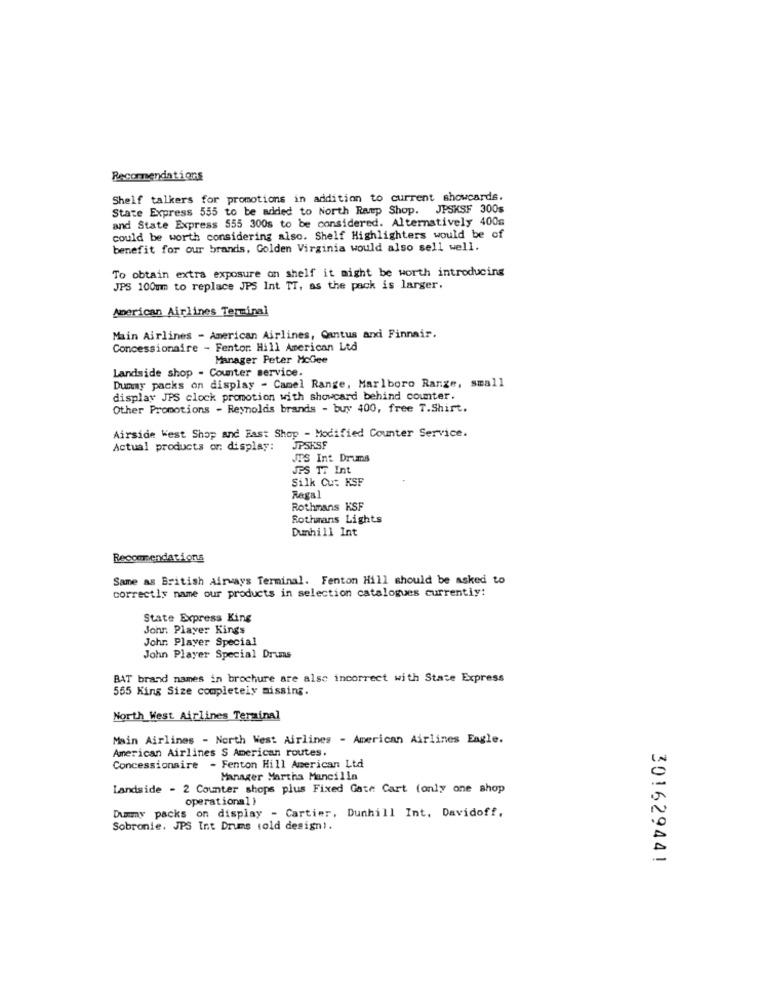
Recommendations
Shelf talkers for promotions in addition to current showcards.
State Express 555 to be added to North Ramp Shop. JPSKSF 300s
and State Express 555 300s to be considered. Alternatively 400s
could be worth considering also. Shelf Highlighters would be of
benefit for our brands, Golden Virginia would also sell well.
To obtain extra exposure on shelf it might be worth introducing
JPS 100mm to replace JPS Int TT, as the pack is larger.
American Airlines Terminal
Main Airlines - American Airlines, Cantus and Finnair.
Concessionaire - Fentor. Hill American Ltd
Manager Peter McGee
Landside shop - Counter service.
Dummy packs on display - Camel Range, Marlboro Range, small
display JPS clock promotion with showcard behind counter.
Other Promotions - Reynolds brands - buy 400, free T.Shirt.
Airside West Shop and Fast Shop - Modified Counter Service.
Actual products or: display:
JPSKSF
JI'S Int Drums
JPS TE Int
Silk Cut KSF
Regal
Rothmans KSF
Rothmans Lights
Dunhill Int
Recommendations
Same as British Airways Terminal. Fenton Hill should be asked to
correctly name our products in selection catalogues currently:
State Express King
John Player Kings
John Player Special
John Player Special Drums
BAT brand names in brochure are also incorrect with State Express
555 King Size completely missing.
North West Airlines Terminal
Main Airlines - North West Airlines - American Airlines Eagle.
American Airlines S American routes.
Concessionaire - Fenton Hill American Ltd
Manager Martha Mancilla
Landside - 2 Counter shops plus Fixed Gate Cart (only one shop
operational )
Dummy packs on display - Cartier, Dunhill Int. Davidoff,
Sobronie. JPS Int Drums (old design).
30162944!